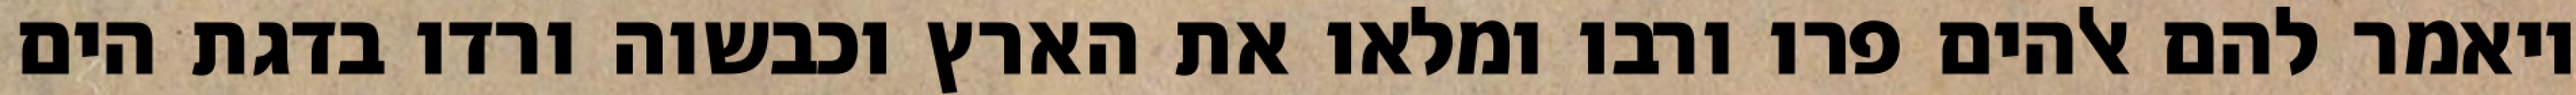
ויאמר להם אלהים פרו ורבו ומלאו את הארץ וכבשוה ורדו בדגת הים